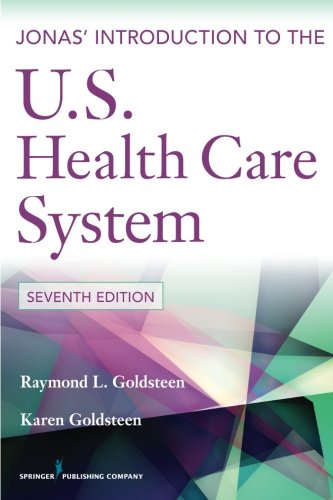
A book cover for Jonas' Introduction to the U.S. Health Care System, 7th Edition (Health Care Delivery in the United States (Jonas & Kovner's)); Raymond L. Goldsteen DrPH; Medical Books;